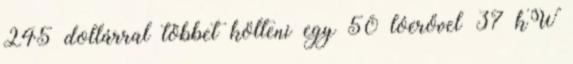
245 dollárral többet költeni egy 50 lóerővel 37 kW